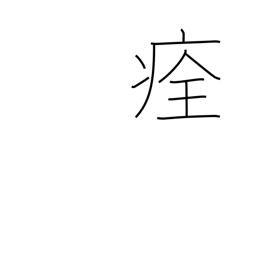
Meaning: heal